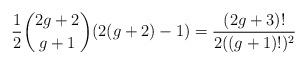
LaTeX: \begin{align*}\frac{1}{2}\binom{2g+2}{g+1}(2(g+2)-1)= \frac{(2g+3)!}{2((g+1)!)^2}\end{align*}